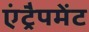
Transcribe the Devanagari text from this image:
एंट्रैपमेंट